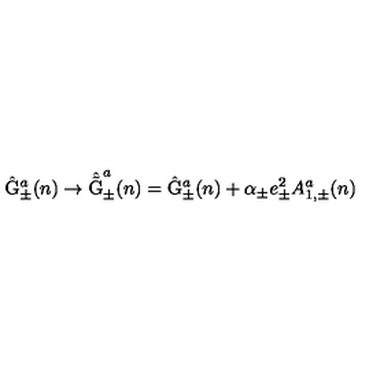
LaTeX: \hat { \mathrm { G } } _ { \pm } ^ { a } ( n ) \rightarrow \hat { \tilde { \mathrm { G } } } _ { \pm } ^ { a } ( n ) = \hat { \mathrm { G } } _ { \pm } ^ { a } ( n ) + \alpha _ { \pm } e _ { \pm } ^ { 2 } A _ { 1 , \pm } ^ { a } ( n )